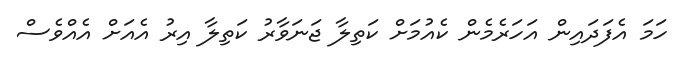
ހަމަ އެފަދައިން އަހަރެމެން ކެއުމަށް ކަތިލާ ޖަނަވާރު ކަތިލާ އިރު އެއަށް އެއްވެސް